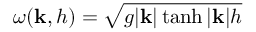
\omega ( \mathbf { k } , h ) = \sqrt { g | \mathbf { k } | \operatorname { t a n h } | \mathbf { k } | h }